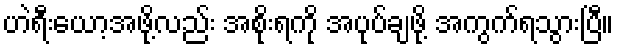
ဟဲရီးယော့အဖို့လည်း အစိုးရကို အပုပ်ချဖို့ အကွက်ရသွားပြီ။